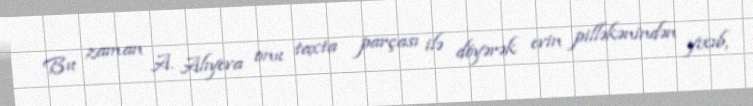
Bu zaman A. Alıyeva onu taxta parçası ilə döyərək evin pilləkənindən yıxıb,